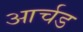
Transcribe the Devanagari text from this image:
आर्चड